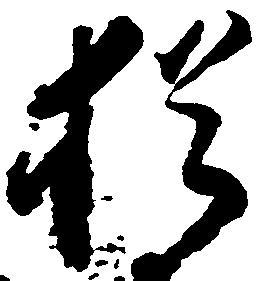
猶